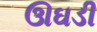
ઊઘડી